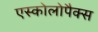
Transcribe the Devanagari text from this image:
एस्कोलोपैक्स